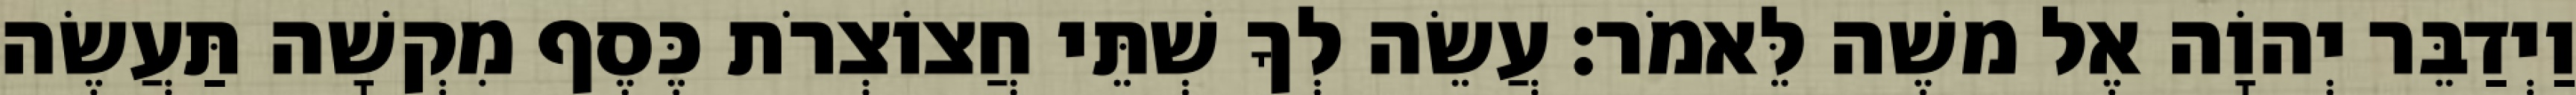
וַיְדַבֵּר יְהוָֹה אֶל משֶׁה לֵּאמֹר׃ עֲשֵׂה לְךָ שְׁתֵּי חֲצוֹצְרֹת כֶּסֶף מִקְשָׁה תַּעֲשֶׂה